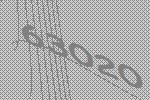
63020